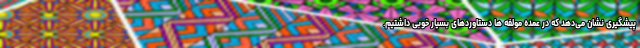
پیشگیری نشان می‌دهد که در عمده مولفه ها دستاوردهای بسیار خوبی داشتیم.